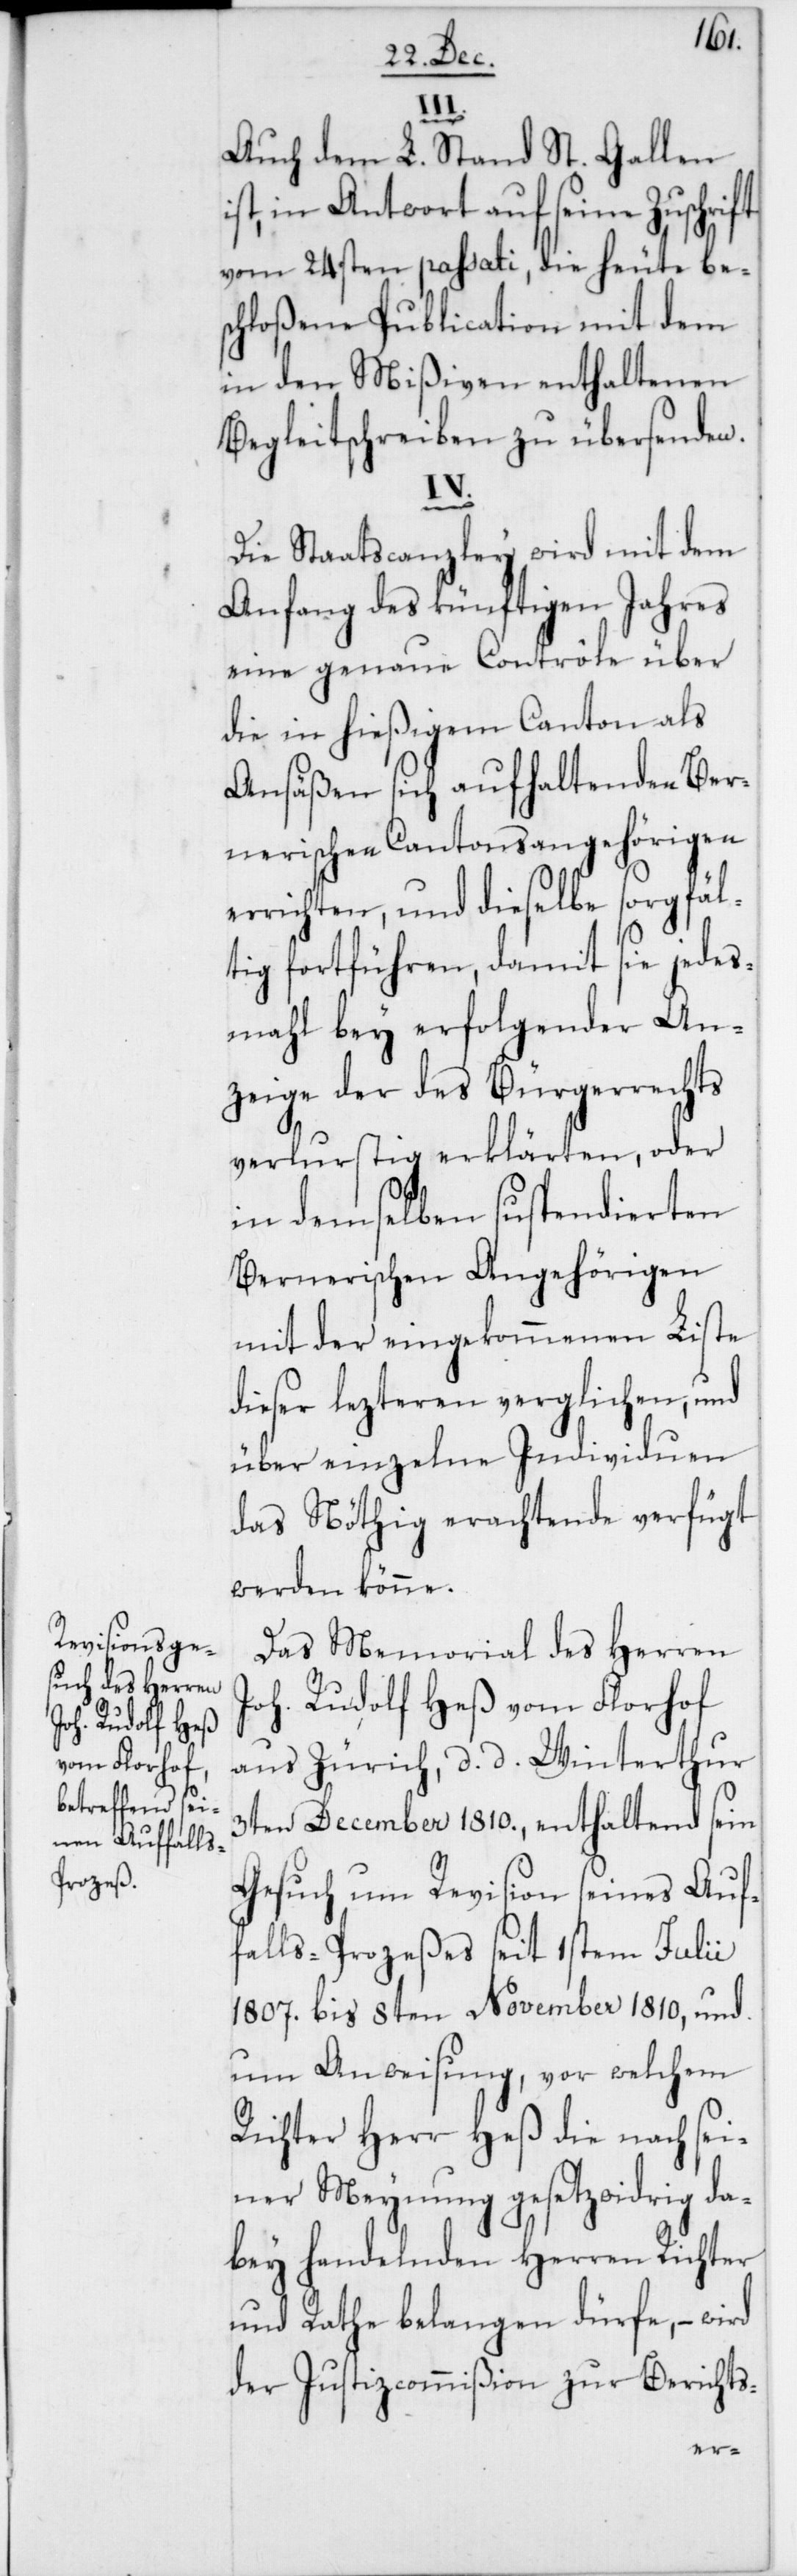
III.
Auch dem L. Stand St. Gallen
ist, in Antwort auf seine Zuschrift
vom 24sten passati, die heute be¬
schloßene Publication mit dem
in den Mißiven enthaltenen
Begleitschreiben zu übersenden.
IV.
Die Staatscanzley wird mit dem
Anfang des künftigen Jahres
eine genaue Contrôle über
die in hießigem Canton als
Ansäßen sich aufhaltenden Ber¬
nerischen Cantonsangehörigen
errichten, und dieselbe sorgfäl¬
tig fortführen, damit sie jedes¬
mahl bey erfolgender An¬
zeige der des Bürgerrechts
verlustig erklärten, oder
in demselben suspendierten
Bernerischen Angehörigen
mit der eingekommenen Liste
dieser lezteren verglichen, und
über einzelne Individuen
das Nöthig erachtende verfügt
werden könne.
Das Memorial des Herren
Joh. Rudolf Heß vom Florhof
aus Zürich, d. d. Winterthur
3ten December 1810., enthaltend sein
Gesuch um Revision seines Auf¬
falls-Prozeßes seit 1sten Julii
1807. bis 8ten November 1810, und
um Anweisung, vor welchem
Richter Herr Heß die nach sei¬
ner Meynung gesetzwidrig da¬
bey handelnden Herren Richter
und Rathe belangen dürfe, – wird
der Justizcommißion zur Berichts-